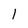
Character: 1